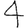
Digit: 4